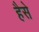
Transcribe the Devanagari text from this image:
हैसे